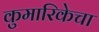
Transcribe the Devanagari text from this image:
कुमारिकेचा